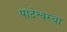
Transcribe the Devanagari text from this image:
पाटेश्वरचा